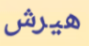
هيرش